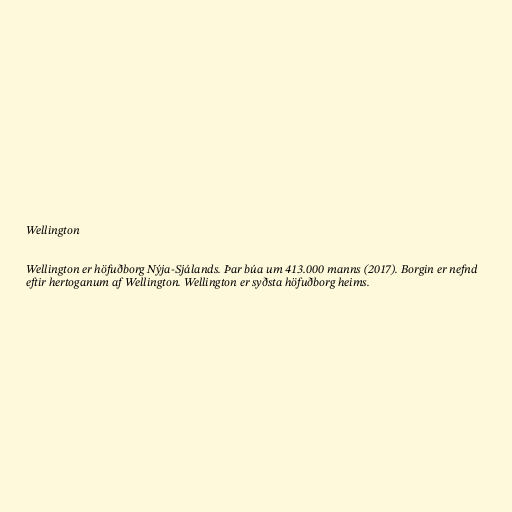
Wellington

Wellington er höfuðborg Nýja-Sjálands. Þar búa um 413.000 manns (2017). Borgin er nefnd
eftir hertoganum af Wellington. Wellington er syðsta höfuðborg heims.